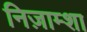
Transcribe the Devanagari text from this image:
निज़ाम्शा